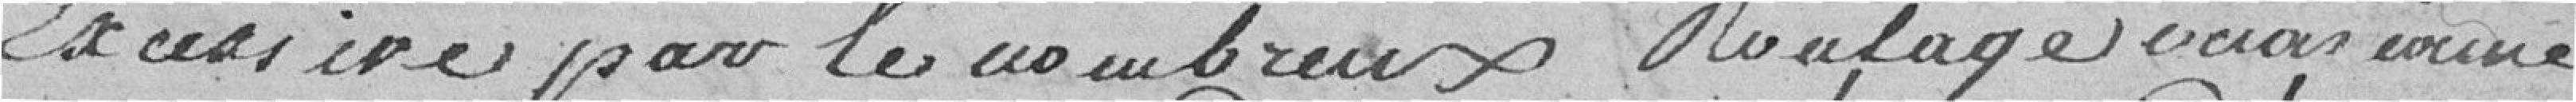
excessive par les nombreux roulage occasionné